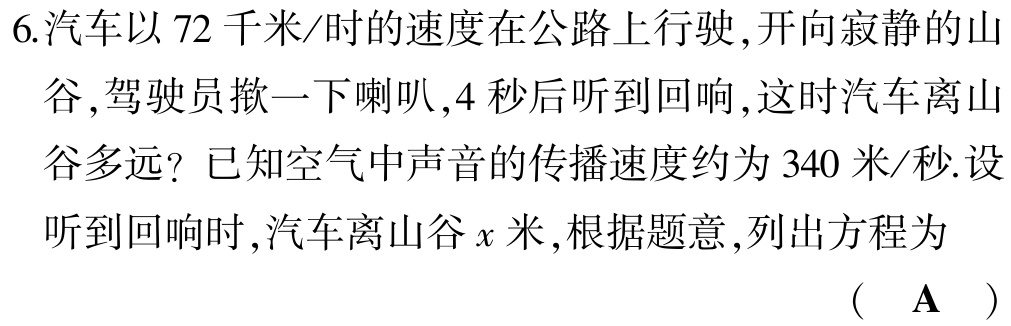
6.汽车以 72 千米/时的速度在公路上行驶,开向寂静的山谷,驾驶员揿一下喇叭,4 秒后听到回响,这时汽车离山谷多远？已知空气中声音的传播速度约为 340 米/秒.设听到回响时,汽车离山谷\(x\)米,根据题意,列出方程为
( A )